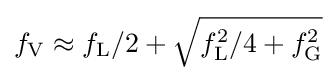
f_{\mathrm {V} }\approx f_{\mathrm {L} }/2+{\sqrt {f_{\mathrm {L} }^{2}/4+f_{\mathrm {G} }^{2}}}